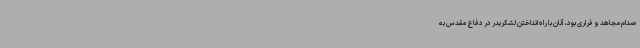
صدام مجاهد و فراری بود، آنان با راه انداختن لشکربدر در دفاع مقدس به